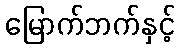
မြောက်ဘက်နှင့်